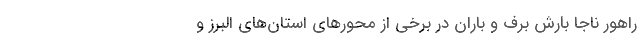
راهور ناجا بارش برف و باران در برخی از محورهای استان‌های البرز و